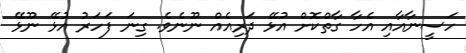
ހަސީނާއާއި އެހާ ގާތްކޮށް އުޅޭ ދަރިއެއް ނޫނެވެ. ގިނަ ފަހަރު އުޅޭ ނޫޅޭ